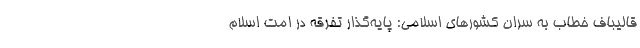
قالیباف خطاب به سران کشورهای اسلامی: پایه‌گذار تفرقه در امت اسلام